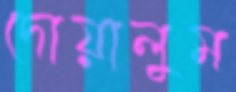
দোয়ালুম